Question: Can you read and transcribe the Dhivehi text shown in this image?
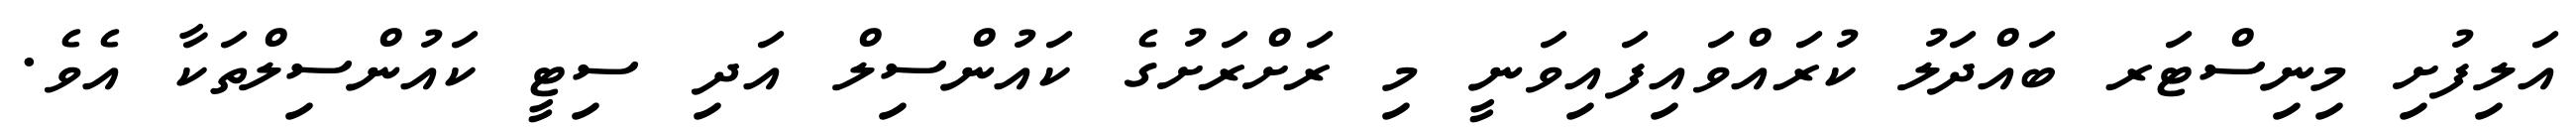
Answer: އަލިފުށި މިނިސްޓަރ ބައްދަލު ކުރައްވައިފައިވަނީ މި ރަށްރަށުގެ ކައުންސިލް އަދި ސިޓީ ކައުންސިލްތަކާ އެވެ.